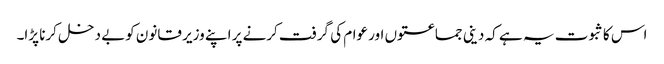
اس کا ثبوت یہ ہے کہ دینی جماعتوں اور عوام کی گرفت کرنے پر اپنے وزیر قانون کوبے دخل کرنا پڑا۔